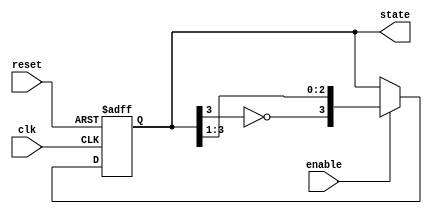
module johnson_counter (
    input wire clk,
    input wire reset,
    input wire enable,
    output reg [3:0] state
);

    always @(posedge clk or posedge reset) begin
        if (reset) begin
            state <= 4'b0000; // Initial state
        end else if (enable) begin
            // Johnson Counter Logic
            state <= {~state[3], state[3:1]};
        end
    end

endmodule